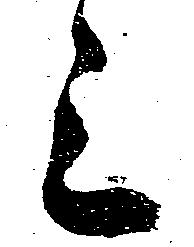
上